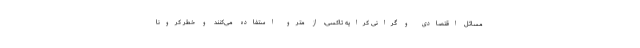
مسائل اقتصادی و گرانی کرایه تاکسی، از مترو استفاده می‌کنند و خطر کرونا